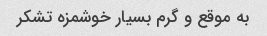
به موقع و گرم بسیار خوشمزه تشکر